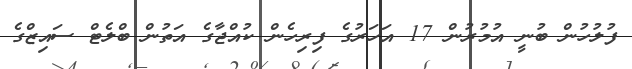
ފުލުހުން ބުނީ އުމުރުން 17 އަހަރުގެ ފިރިހެން ކުއްޖާގެ އަތުން ބްލެޓް ސައިޒްގެ